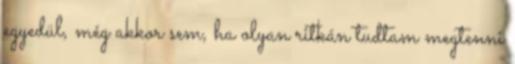
egyedül, még akkor sem, ha olyan ritkán tudtam megtenni